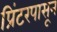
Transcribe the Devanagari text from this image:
प्रिंटरपासून